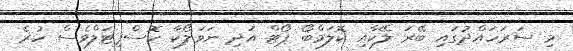
މި ސަރަހައްދުގައި ބޭރަ ލޭކާއި ކޮލަމްބޯ ޕޯޓް އަދި ނަވަލޯކާ ހޮސްޕިޓަލްވެސް ހުރެ